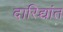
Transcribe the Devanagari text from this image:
दारिद्र्यांत